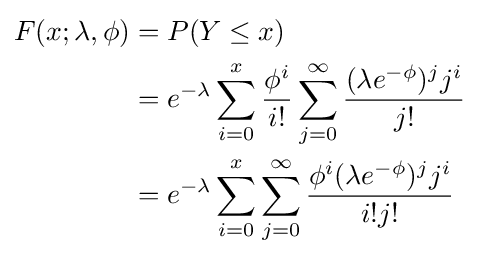
{\begin{aligned}F(x;\lambda ,\phi )&=P(Y\leq x)\\&=e^{-\lambda }\sum _{i=0}^{x}{\frac {\phi ^{i}}{i!}}\sum _{j=0}^{\infty }{\frac {(\lambda e^{-\phi })^{j}j^{i}}{j!}}\\&=e^{-\lambda }\sum _{i=0}^{x}\sum _{j=0}^{\infty }{\frac {\phi ^{i}(\lambda e^{-\phi })^{j}j^{i}}{i!j!}}\end{aligned}}